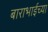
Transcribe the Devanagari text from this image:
बाराभाईच्या